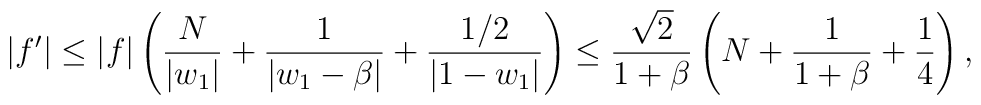
|f'|\leq|f|\left({N\over|w_1|}+{1\over|w_1-\beta|}+{1/2\over|1-w_1|}\right)   \leq{\sqrt{2}\over1+\beta}\left(N+{1\over1+\beta}+{1\over4}\right),